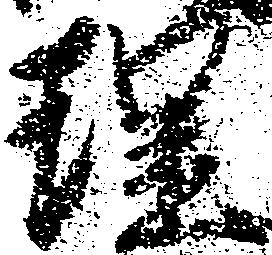
理